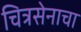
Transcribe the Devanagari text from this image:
चित्रसेनाचा